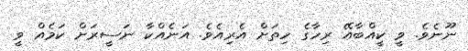
ނޫނެވެ. ވީ ކީއްބާއޭ ރިހާގެ ހިތަށް އެރިއެވެ. އަނެއްކާ ނަސީރަށް ކަމެއް ވީ